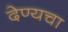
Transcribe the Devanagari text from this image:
देण्यचा